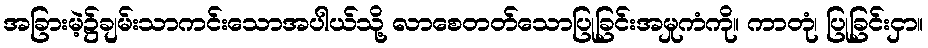
အခြားမဲ့၌ချမ်းသာကင်းသောအပါယ်သို့ လာစေတတ်သောပြုခြင်းအမှုကံကို။ ကာတုံ၊ ပြုခြင်းငှာ။